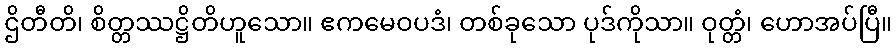
ဌိတီတိ၊ စိတ္တဿဋ္ဌိတိဟူသော။ ဧကမေဝပဒံ၊ တစ်ခုသော ပုဒ်ကိုသာ။ ဝုတ္တံ၊ ဟောအပ်ပြီ။